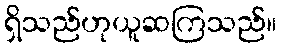
ရှိသည်ဟုယူဆကြသည်။